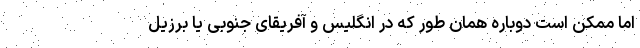
اما ممکن است دوباره همان طور که در انگلیس و آفریقای جنوبی یا برزیل